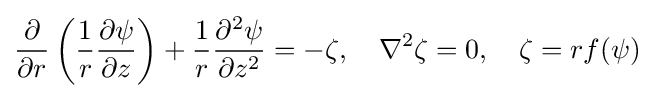
{\frac {\partial }{\partial r}}\left({\frac {1}{r}}{\frac {\partial \psi }{\partial z}}\right)+{\frac {1}{r}}{\frac {\partial ^{2}\psi }{\partial z^{2}}}=-\zeta ,\quad \nabla ^{2}\zeta =0,\quad \zeta =rf(\psi )